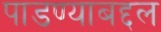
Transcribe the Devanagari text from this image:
पाडण्याबद्दल